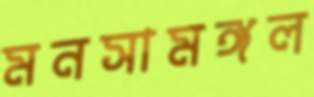
মনসামঙ্গল